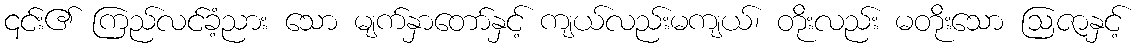
၎င်း၏ ကြည်လင်ခံ့ညား သော မျက်နှာတော်နှင့် ကျယ်လည်းမကျယ်၊ တိုးလည်း မတိုးသော ဩဇာနှင့်